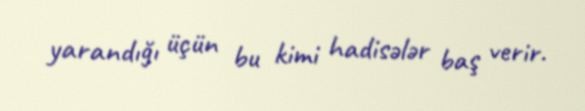
yarandığı üçün bu kimi hadisələr baş verir.